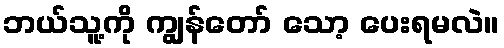
ဘယ်သူ့ကို ကျွန်တော် သော့ ပေးရမလဲ။